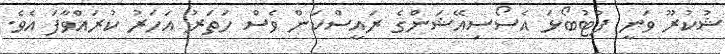
ޝުކުރޫ ވަނީ ފުޓުބޯޅަ އެސޯސިއޭޝަންގެ ރައީސްކަން ވެސް ހަތަރު އަހަރު ކުރައްވާފަ އެވެ.